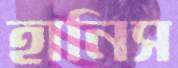
হানিস